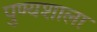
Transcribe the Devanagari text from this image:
पुण्यशाला